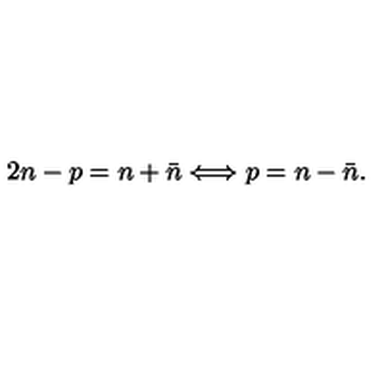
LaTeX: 2 n - p = n + \bar { n } \Longleftrightarrow p = n - \bar { n } .